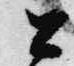
公